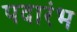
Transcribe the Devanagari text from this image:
पदारंभ